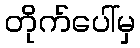
တိုက်ပေါ်မှ